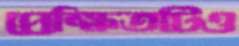
প্রেক্ষিতটিও